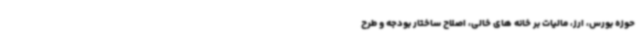
حوزه بورس، ارز، مالیات بر خانه های خالی، اصلاح ساختار بودجه و طرح